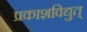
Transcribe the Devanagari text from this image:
प्रकाशविद्युत्‌